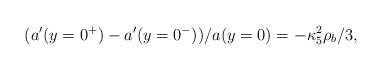
LaTeX: \begin{align*}(a^{\prime}(y=0^{+})-a^{\prime}(y=0^{-}))/a(y=0)=-\kappa^2_5\rho_b/3, \end{align*}